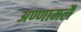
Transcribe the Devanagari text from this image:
अण्णामलै